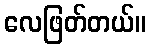
လေဖြတ်တယ်။